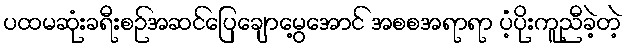
ပထမဆုံးခရီးစဉ်အဆင်ပြေချောမွေ့အောင် အစစအရာရာ ပံ့ပိုးကူညီခဲ့တဲ့